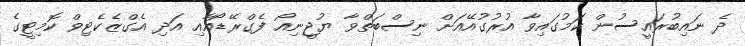
ދެ ނައިބުރައީސުން ކަމުގައިވާ އުރުގުއޭއަށް ނިސްބަތްވާ ޔުޖީނިއޯ ފެގްރޭޑޯއާއި އަދި އެގްޒެކެޓިވް ކޮމިޓީގެ